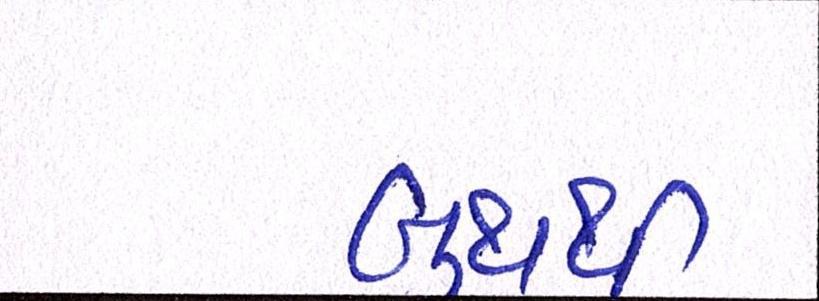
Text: બુથથી